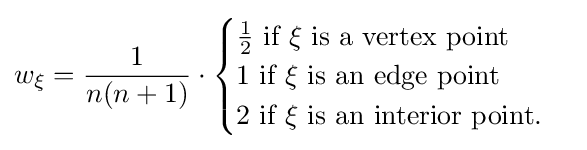
w_{\mathbf {\xi } }={\frac {1}{n(n+1)}}\cdot {\begin{cases}{\frac {1}{2}}{\text{ if }}\mathbf {\xi } {\text{ is a vertex point}}\\1{\text{ if }}\mathbf {\xi } {\text{ is an edge point}}\\2{\text{ if }}\mathbf {\xi } {\text{ is an interior point.}}\end{cases}}